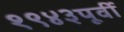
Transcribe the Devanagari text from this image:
१९४३पूर्वी